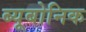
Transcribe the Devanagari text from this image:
ब्यूबोनिक